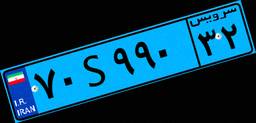
۱۸S۰۶۸۴۷